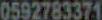
0592783371